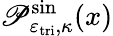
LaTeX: \mathscr{P}_{\varepsilon_{\mathrm{{tri}}},\kappa}^{\sin}(x)